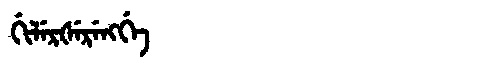
Manchu: ᡤᡳᠯᡝᡵᡧᡝᡵᡝᠩᡤᡝ
Romanization: GILERŠERENGGE